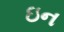
ઇન